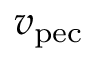
v _ { \mathrm { p e c } }